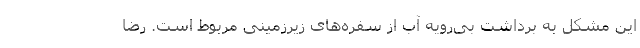
این مشکل به برداشت بی‌رویه آب از سفره‌های زیرزمینی مربوط است. رضا